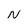
Character: N